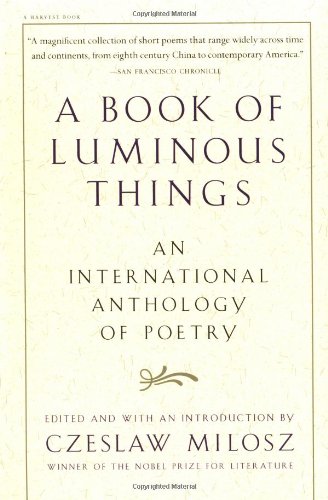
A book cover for A Book of Luminous Things: An International Anthology of Poetry; Literature & Fiction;